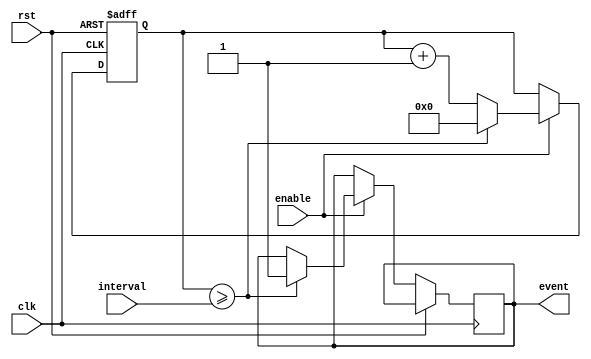
module event_timer(

  input wire clk,
  input wire rst,
  input wire enable,
  input wire [31:0] interval,
  
  output reg event
  
  );
  
  reg [31:0] count;
  
  always @(posedge clk or posedge rst)
  begin
    if (rst)
      count <= 0;
    else if (enable)
    begin
      if (count >= interval)
      begin
        event <= 1;
        count <= 0;
      end
      else
        count <= count + 1;
    end
  end
  
endmodule